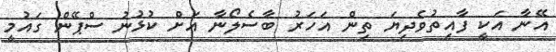
އޭނާ އަކީ ފާއިތުވެދިޔަ ތިން އަހަރު ބާސެލޯނާ އަށް ކުޅުނު ސްޕޭން ގައުމީ